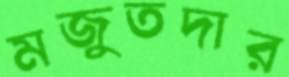
মজুতদার